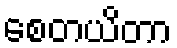
စေတယိတာ